Report on vaccination in the Province of Bengal - 1869-1873
Year: 1869
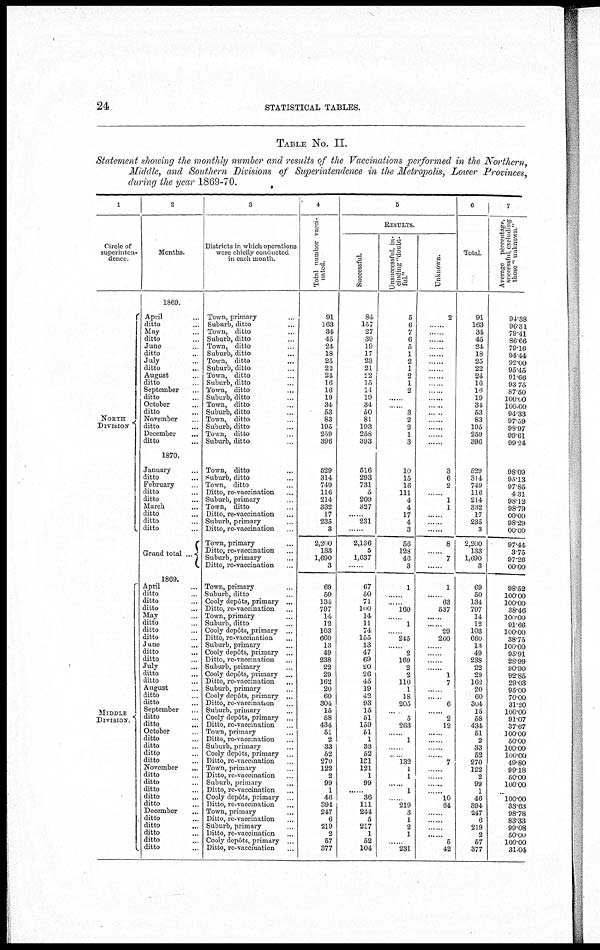
24
STATISTICAL TABLES.
TABLE No. II.
Statement showing the monthly number and results of the Vaccinations performed in the Northern,
Middle, and Southern Divisions of Superintendence in the Metropolis, Lower Provinces,
during the year 1869-70.
1
Circle of
superinten-
dence
NORTH
DIVISION
MIDDLE
DIVISION.
2
Months.
1869.
April ...
ditto ...
May ...
ditto ...
June ...
ditto ...
July ...
ditto ...
August ...
ditto ...
September
ditto ...
October ...
ditto ...
November ...
ditto ...
December ...
ditto ...
1870.
January ...
ditto ...
February ...
ditto ...
ditto ...
March ...
ditto ...
ditto ...
ditto ...
Grand total ...
1869.
April ...
ditto ...
ditto ...
ditto ...
May ...
ditto ...
ditto ...
ditto ...
June ...
ditto ...
ditto ...
July ...
ditto ...
ditto ...
August ...
ditto ...
ditto ...
September ...
ditto ...
ditto ...
October ...
ditto ...
ditto ...
ditto ...
ditto ...
November ...
ditto ...
ditto ...
ditto ...
ditto ...
ditto ...
December ...
ditto ...
ditto ...
ditto ...
ditto ...
ditto ...
3
Districts in which operations
were chiefly conducted
in each month.
Town, primary ...
Suburb, ditto ...
Town, ditto ...
Suburb, ditto ...
Town, ditto ...
Suburb, ditto ...
Town, ditto ...
Suburb, ditto ...
Town, ditto ...
Suburb, ditto ...
Town, ditto ...
Suburb, ditto ...
Town, ditto ...
Suburb, ditto ...
Town, ditto ...
Suburb, ditto ...
Town, ditto ...
Suburb, ditto ...
Town, ditto ...
Suburb, ditto ...
Town, ditto ...
Ditto, re-vaccination ...
Suburb, primary ...
Town, ditto ...
Ditto, re-vaccination ...
Suburb, primary...
Ditto, re-vaccination ...
Town, primary ...
Ditto, re-vaccination ...
Suburb, primary ...
Ditto, re-vaccination .
Town, primary ...
Suburb, ditto ...
Cooly depôts, primary ...
Ditto, re-vaccination ...
Town, primary ...
Suburb, ditto ...
Cooly depôts, primary ...
Ditto, re-vaccination ...
Suburb, primary ...
Cooly depôts, primary ...
Ditto, re-vaccination ...
Suburb, primary ...
Cooly depôts, primary ...
Ditto, re-vaccination ...
Suburb, primary ...
Cooly depôts, primary ...
Ditto, re-vaccination ...
Suburb, primary ...
Cooly depôts, primary ...
Ditto, re-vaccination ...
Town, primary ...
Ditto, re-vaccination ...
Suburb, primary ...
Cooly depôts, primary ...
Ditto, re- vaccination ...
Town, primary ...
Ditto, re-vaccination ...
Suburb, primary ...
Ditto, re-vaccination ...
Cooly depôts, primary ...
Ditto, re-vaccination ...
Town, primary ...
Ditto, re-vaccination ...
Suburb, primary ...
Ditto, re-vaccination ...
Cooly depôts, primary .
Ditto, re-vaccination ...
4
Total number vacci-
nated.
91
163
34
45
24
18
25
22
24
16
16
19
34
53
83
195
259
396
529
314
749
116
214
332
17
235
3
2,200
133
1,690
3
69
50
134
797
14
12
103
660
13
49
238
22
29
162
20
60
304
15
58
434
51
2
33
52
270
122
2
99
1
46
394
247
6
219
2
57
377
5
RESULTS.
Successful.
84
157
27
39
19
17
23
21
22
15
14
19
34
50
81
193
258
393
516
293
731
5
209
327
......
231
... ...
2,136
5
1,637
...
67
50
71
100
14
11
74
155
13
47
69
20
26
45
19
42
93
15
51
159
51
1
33
52
131
121
1
99
......
36
111
244
5
217
1
52
104
Unsuccessful, in-
cluding "doubt-
ful."
5
6
7
6
5
1
2
1
2
1
2
....
......
3
2
2
1
3
10
15
16
111
4
4
17
4
3
56
128
46
3
1
......
......
160
......
1
......
245
......
2
169
2
2
110
1
18
205
......
5
263
......
1
......
......
132
1
1
......
1
......
219
3
1
2
1
......
231
Unknown.
2
......
......
......
......
......
......
......
......
......
......
......
......
......
......
......
......
......
3
6
2
......
1
1
......
......
......
8
......
7
1
..... 63
537
......
......
29
260
......
......
......
......
1
7
......
......
6
......
2
12
......
......
......
......
7
......
......
......
......
10
64
......
......
......
......
5
42
6
Total.
91
163
34
45
24
18
25
22
24
16
16
19
34
53
83
195
259
396
529
314
749
116
214
332
17
235
3
2,200
133
1,690
3
69
50
134
797
14
12
103
660
18
49
238
22
29
163
20
60
304
15
58
434
51
2
33
52
270
122
2
99
1
46
394
247
6
219
2
57
377
7
Average percentage,
successful, excluding
those " unknown."
94.38
96.31
79.41
86.66
79.16
94.44
92.00
95.45
91.66
93.75
87.50
100.00
100.00
94.33
97.59
98.97
99.61
99.24
98.09
95.13
97.85
4.31
98.12
98.79
00.00
98.29
00.00
97.44
3.75
97.26
00.00
98.52
100.00
100.00
38.46
100.00
91.66
100.00
38.75
100.00
95.91
28.99
90.90
92.85
29.03
95.00
70.00
31.20
100.00
91.07
37.67
100.00
50.00
100.00
100.00
49.80
99.18
50.00
100.00
... 100.00
33.68
98.78
83.33
99.08
50.00
100.00
31.04